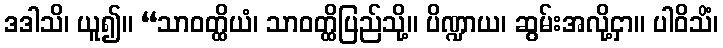
ဒဒါသိ၊ ယူ၍။ “သာဝတ္ထိယံ၊ သာဝတ္ထိပြည်သို့။ ပိဏ္ဍာယ၊ ဆွမ်းအလို့ငှာ။ ပါဝိသိံ၊